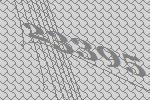
23395